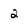
Character: 2